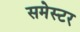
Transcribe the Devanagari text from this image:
समेस्टर